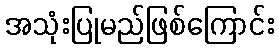
အသုံးပြုမည်ဖြစ်ကြောင်း